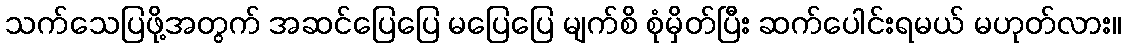
သက်သေပြဖို့အတွက် အဆင်ပြေပြေ မပြေပြေ မျက်စိ စုံမှိတ်ပြီး ဆက်ပေါင်းရမယ် မဟုတ်လား။